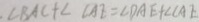
\angle B A C + \angle C A E = \angle D A E + \angle C A E